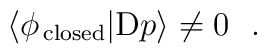
\langle \phi_{\rm \,closed}|{\rm D}p\rangle \not= 0~~.